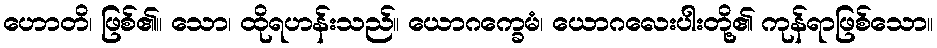
ဟောတိ၊ ဖြစ်၏။ သော၊ ထိုရဟန်းသည်။ ယောဂက္ခေမံ၊ ယောဂလေးပါးတို့၏ ကုန်ရာဖြစ်သော။